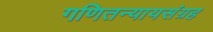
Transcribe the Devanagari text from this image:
गणितन्यायसंग्रह